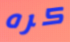
كره